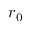
r _ { 0 }